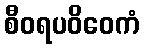
စီဝရပဝိဝေကံ